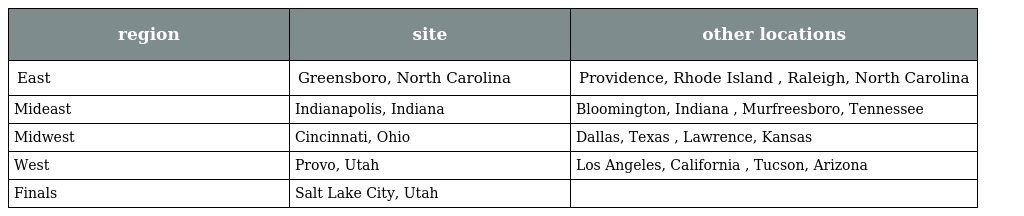
| region | site | other locations |
 | --- | --- | --- |
 | East | Greensboro, North Carolina | Providence, Rhode Island , Raleigh, North Carolina |
 | Mideast | Indianapolis, Indiana | Bloomington, Indiana , Murfreesboro, Tennessee |
 | Midwest | Cincinnati, Ohio | Dallas, Texas , Lawrence, Kansas |
 | West | Provo, Utah | Los Angeles, California , Tucson, Arizona |
 | Finals | Salt Lake City, Utah |  |